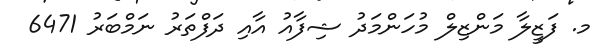
މ. ފަޒީލާ މަންޒިލް މުހަންމަދު ޝިފާއު އާއި ދަފްތަރު ނަމްބަރު 6471